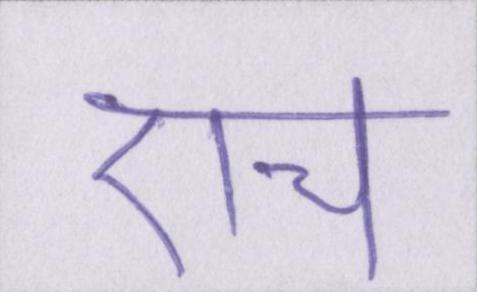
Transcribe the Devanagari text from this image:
एच